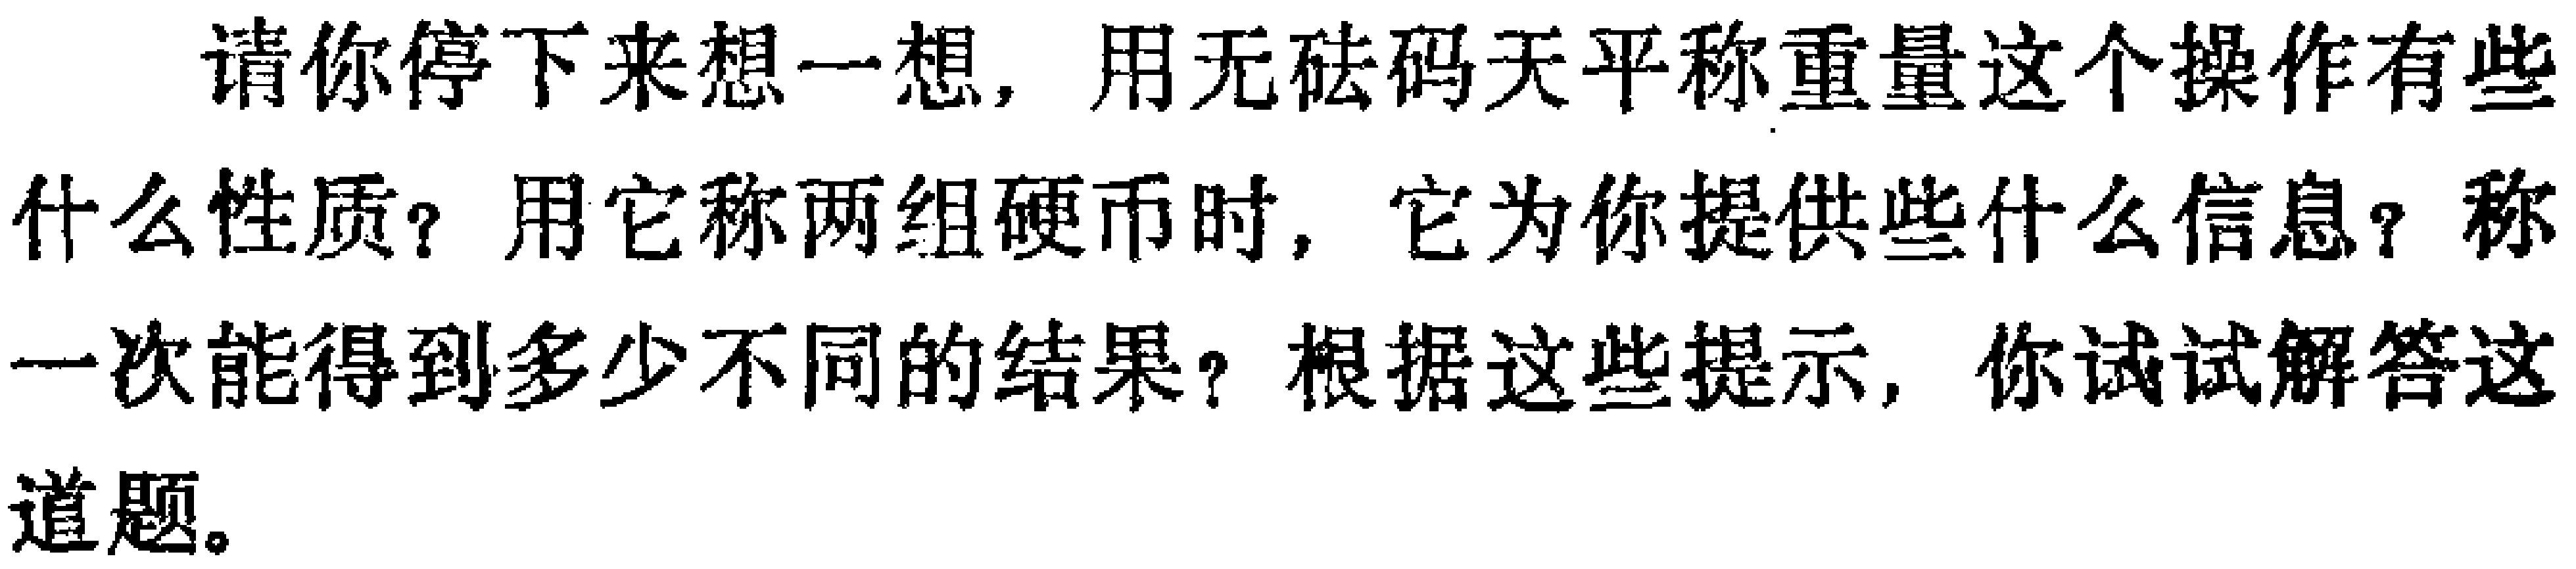
请你停下来想一想，用无砝码天平称重量这个操作有些什么性质？用它称两组硬币时，它为你提供些什么信息？称一次能得到多少不同的结果？根据这些提示，你试试解答这道题。